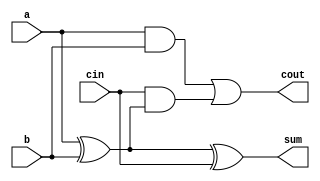
module arithmetic_block(
    input wire a,
    input wire b,
    input wire cin,
    output wire sum,
    output wire cout
);

assign sum = a ^ b ^ cin;
assign cout = (a & b) | (cin & (a ^ b));

endmodule